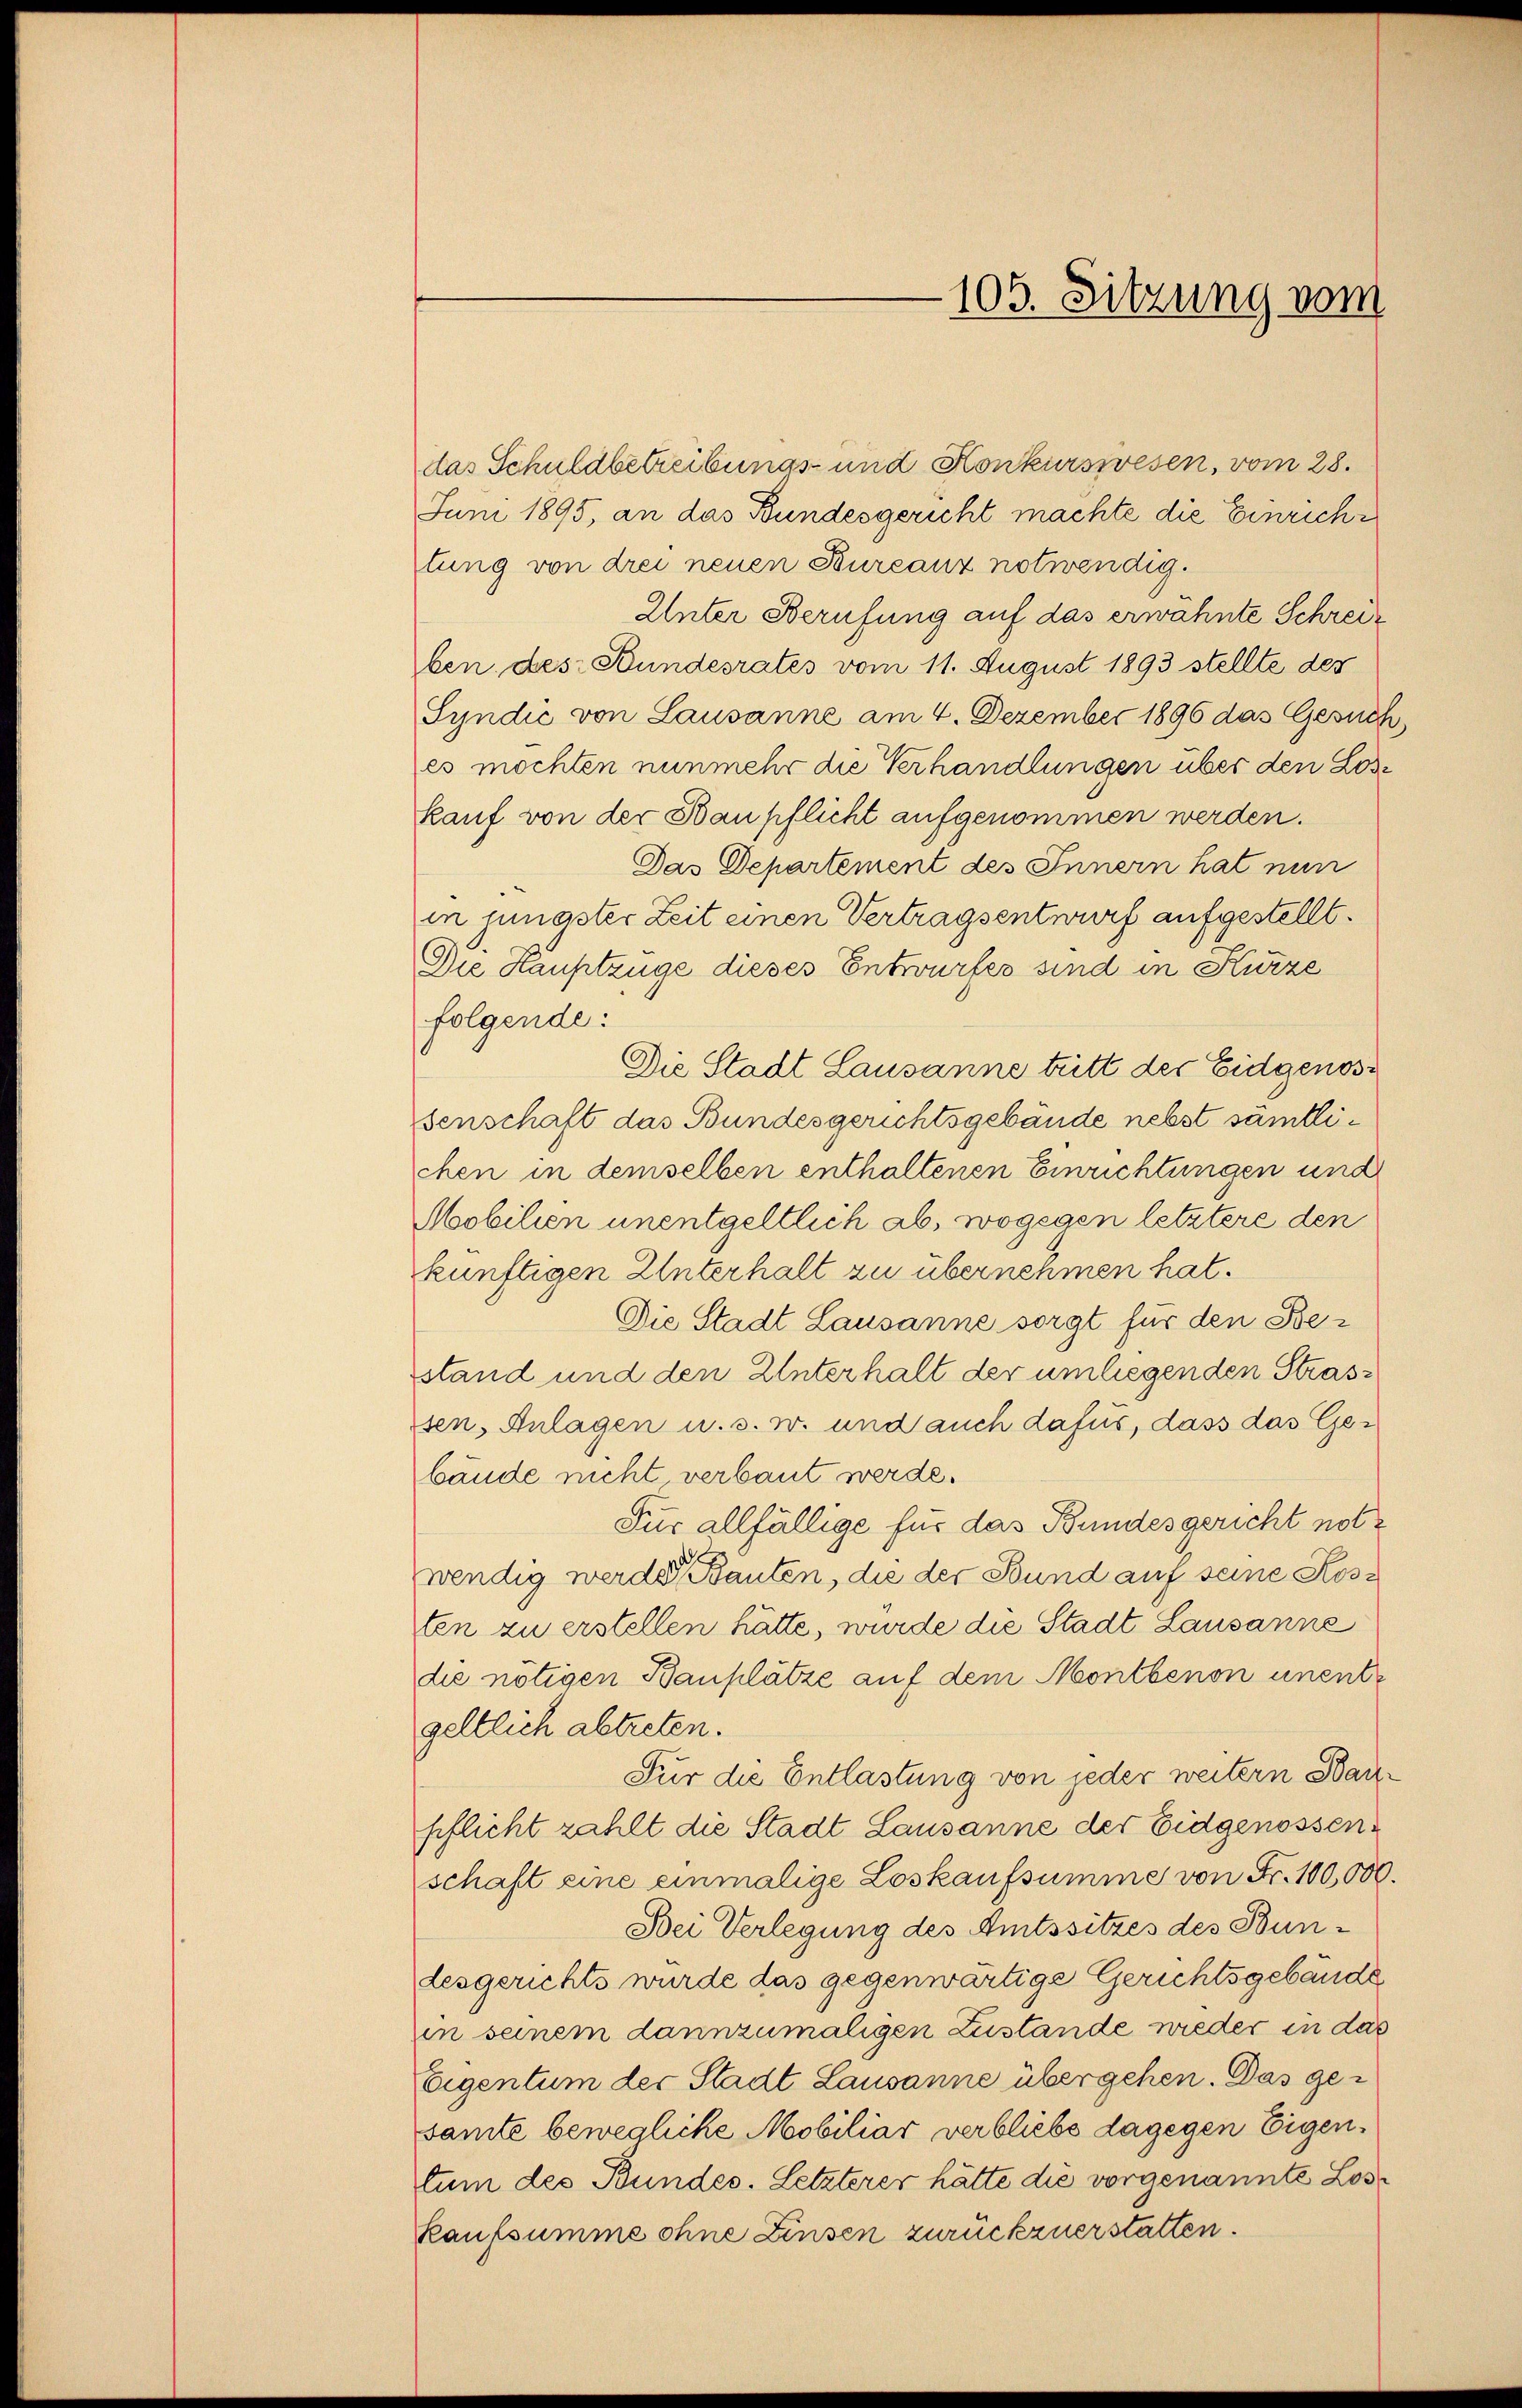
das Schuldbetreibungs- und Konkurswesen, vom 28.
Juni 1895, an das Bundesgericht machte die Einriche
tung von drei neuen Bureauz notwendig.
Unter Berufung auf das erwähnte Schreiben des Bundesrates vom 11. August 1893 stellte des
Syndić von Lausanne am 4. Dezember 1896 das Gesuch
es möchten nunmehr die Verhandlungen über den Lose
kauf von der Baupflicht aufgenommen werden.
Das Departement des Innern hat nun
in junaster Zeit einen Vertragsentwurf aufgestellt.
Die Häuptzüge dieses Entwurfes sind in Kurze
folgende:
Die Stadt Lausanne tritt der Eidgenossenschaft das Bundesgerichtsgebäude nebst sämtlichen in demselben enthaltenen Einrichtungen und
Mobilien unentgeltlich ab, wogegen letztere den
künftigen Unterhalt zu übernehmen hat.
Die Stadt Lausanne sorgt für den Bestand und den Unterhalt der umliegenden Strassen, Anlagen u. s. w. und auch dafür, dass das Gebände nicht verbaut werde.
Für allfällige für das Bundesgericht notwendig werden Bauten, die der Bund auf seine Kosten zu erstellen hätte, wurde die Stadt Lausanne
die nötigen Bauplätze auf dem Montbenon unentgeltlich abtreten.
Für die Entlastung von jeder weitern Baupflicht zahlt die Stadt Lausanne der Eidgenossenschaft eine einmalige Loskaufsumme von Fr. 100,000.
Bei Verlegung des Amtssitzes des Bundesgerichts wurde das gegenwärtige Gerichtsgebäude
in seinem dannzumaligen Zustände nieder in das
Eigentum der Stadt Lausanne übergehen. Das gesamte bewegliche Mobiliar verbliebs dagegen Eigen.
tum des Bundes. Letzterer hätte die vorgenannte Loskaufsumme ohne Zinsen zurückzuerstatten.

105. Sitzung vom